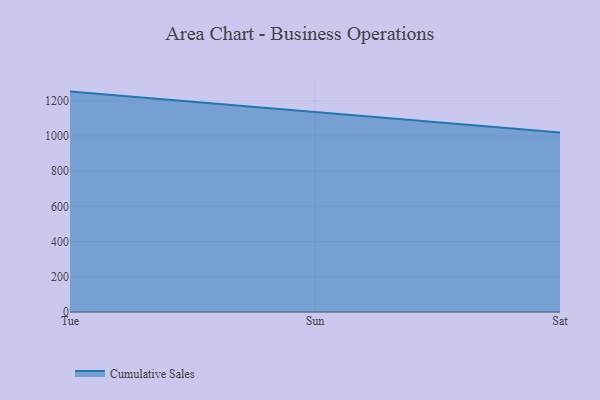
{"axis": {"x": "Day", "y": "Market Share (%)"}, "legend": ["Cumulative Sales"], "data": [{"x": "Tue", "y": 1252.2, "type": "Cumulative Sales"}, {"x": "Sun", "y": 1135.6, "type": "Cumulative Sales"}, {"x": "Sat", "y": 1019.3, "type": "Cumulative Sales"}]}